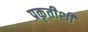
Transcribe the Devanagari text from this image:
प्रकृतीशीं